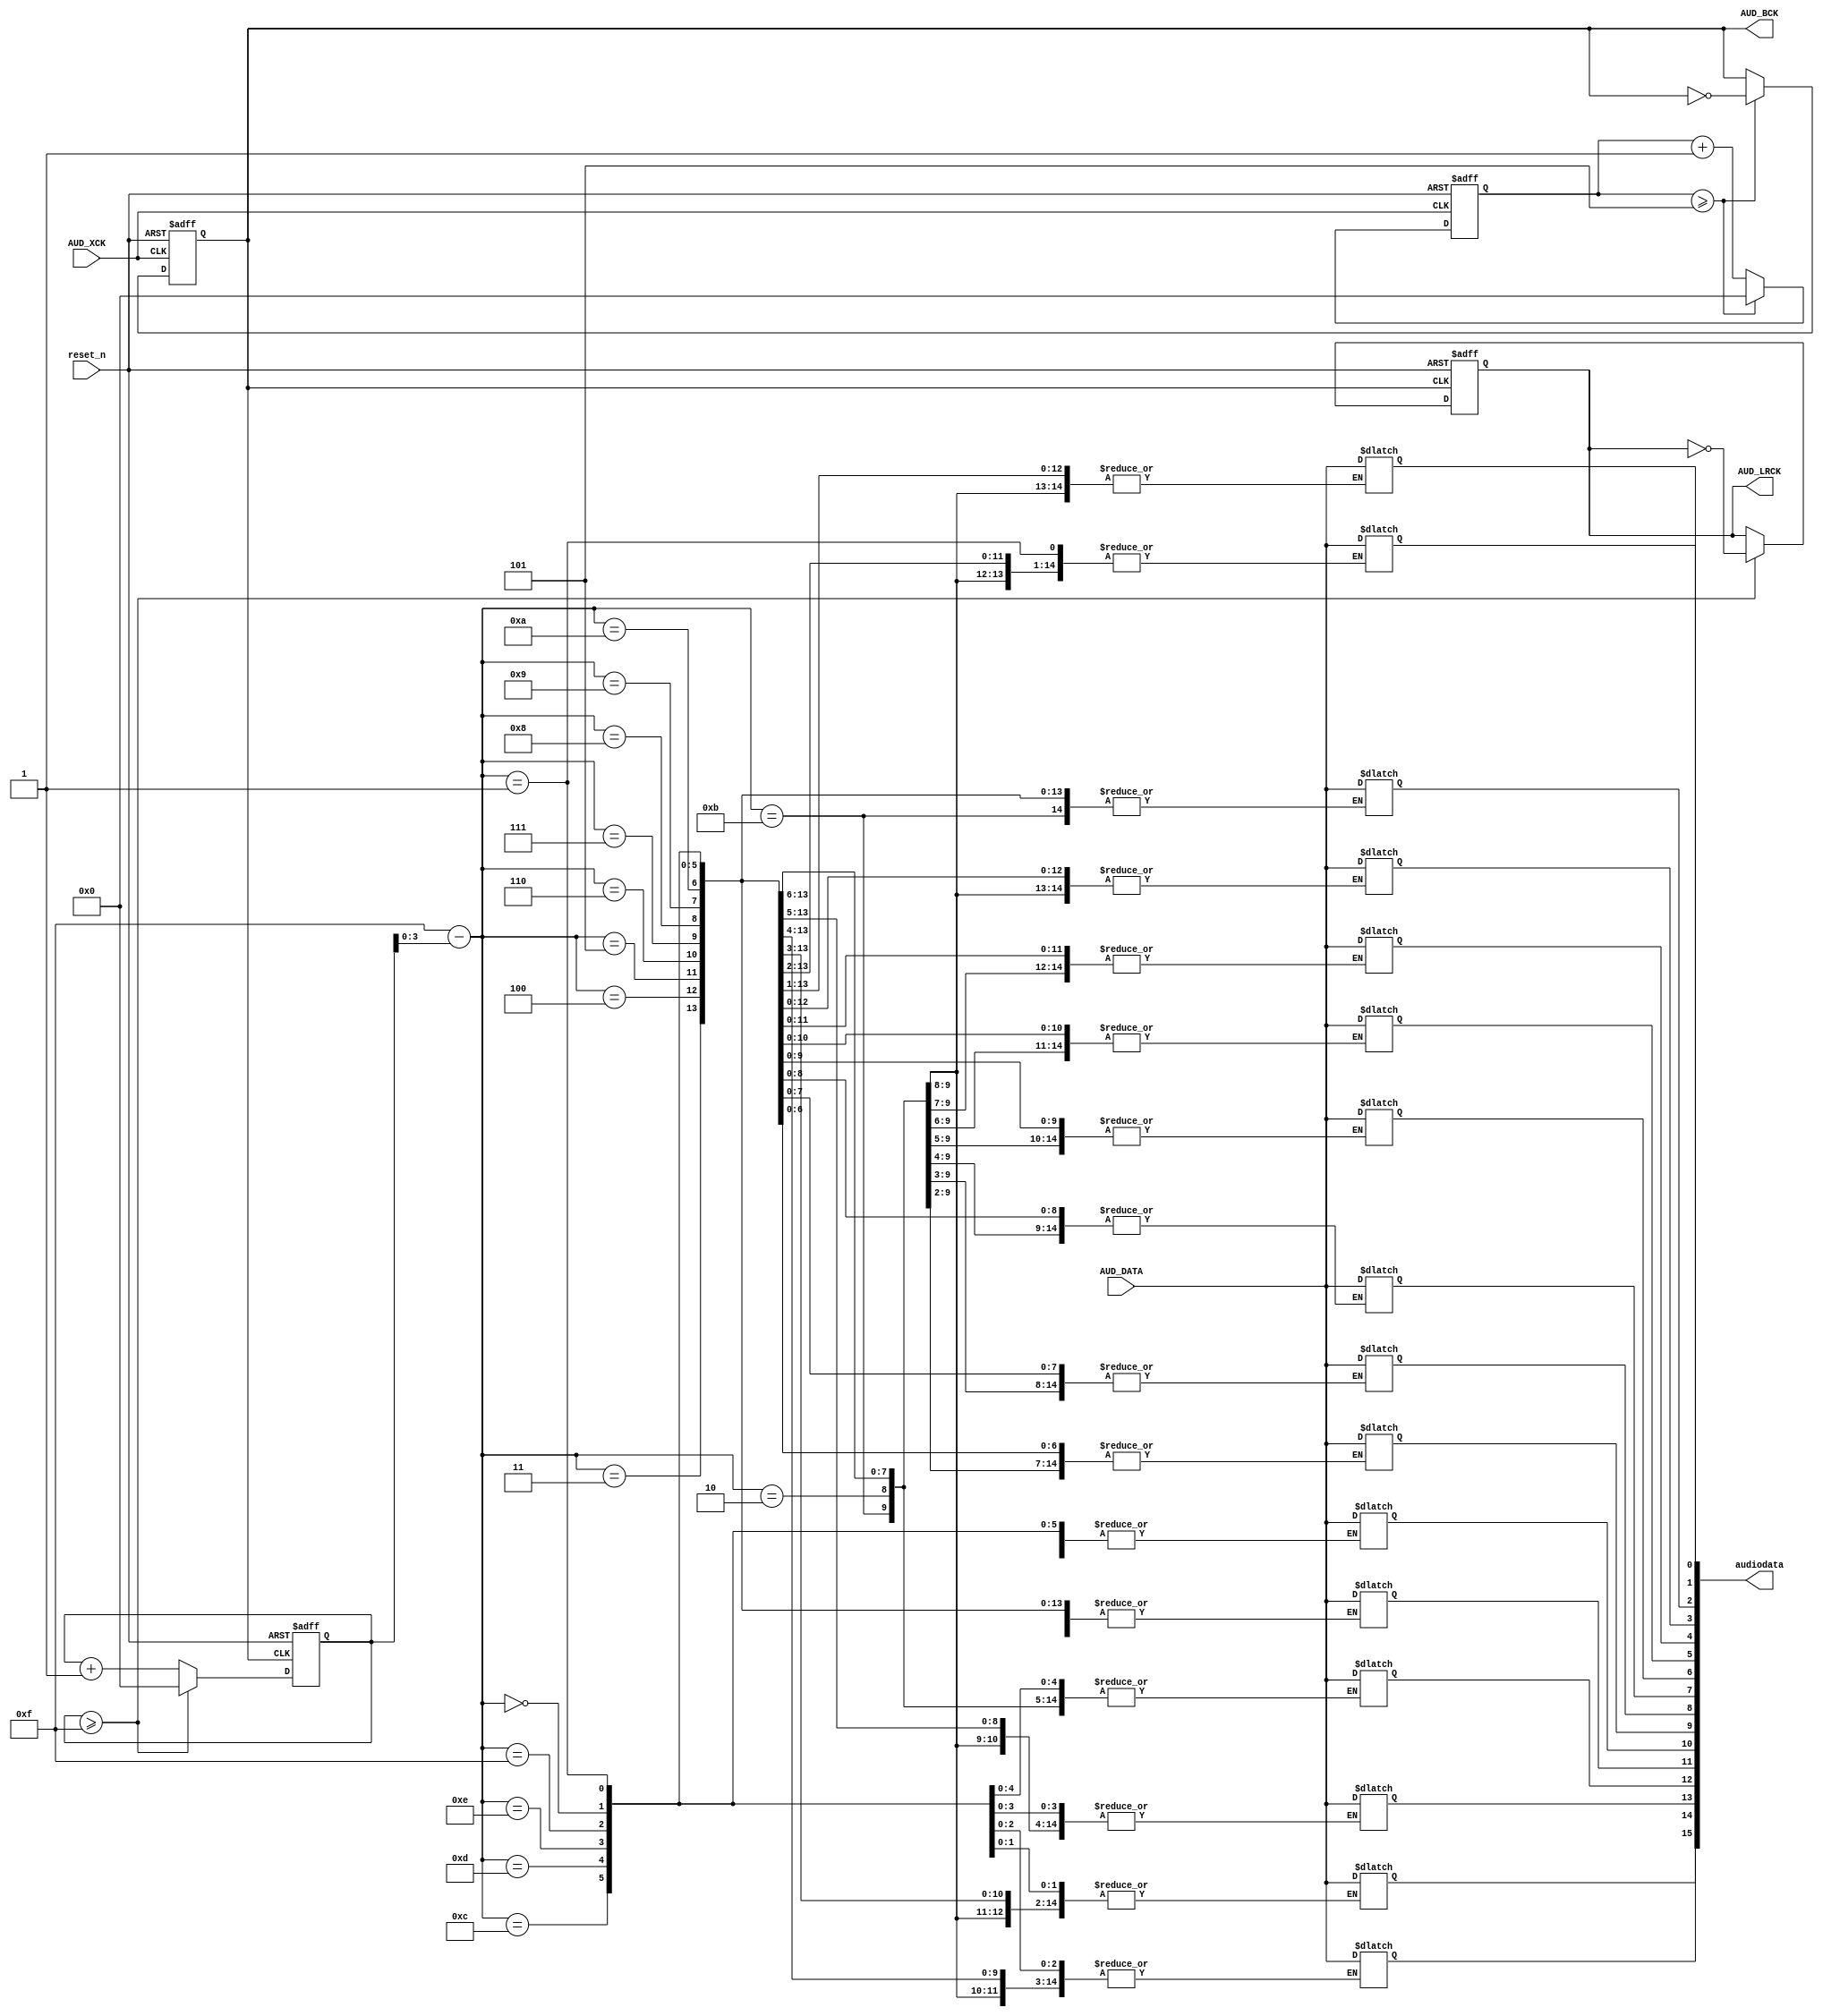
module I2S_Audioin(AUD_XCK,
                 reset_n,
                 AUD_BCK,
				 AUD_DATA,
				 AUD_LRCK,
				 audiodata
				 //AUD_96CLK
				 );
input AUD_XCK;
input reset_n;
//output reg AUD_96CLK;
output reg AUD_BCK;
//output reg AUD_BCK;
input AUD_DATA;
output reg AUD_LRCK;
output reg [15:0] audiodata;
//=================================
//test
//=================================
reg [7:0] datacount; 
/*
output reg [6:0] hex0;
output reg [6:0] hex1;
output reg [6:0] hex2;
output reg [6:0] hex3;
output reg [6:0] hex4;
output reg led0;
output reg [6:0] hex5;
*/
////
//input [3:0] voi;
////

reg [7:0] bck_counter;
reg [7:0] lr_counter;
wire [7:0] bitaddr;

//reg [7:0] lr_counter96;
//reg AUD_BCK;
////
//always @(*)
////

//generate BCK 1.536MHz

always @ (posedge AUD_XCK or negedge reset_n)
begin
       if(!reset_n)
		 begin
		    bck_counter <= 8'd0;
			 AUD_BCK     <= 1'b0;
		 end
		 else
		 begin
		    
			 if(bck_counter >= 8'd5) //div XCK by 12
			 begin
			     bck_counter <= 8'd0;
				  AUD_BCK <= ~AUD_BCK;
			 end
			 else
			   bck_counter <= bck_counter + 8'd1;
		 end
		 
end

//generate LRCK, 48kHz, at negedge of BCK

always @ (negedge AUD_BCK or negedge reset_n)
begin
       if(!reset_n)
		 begin
		    lr_counter <= 8'd0;
			 AUD_LRCK     <= 1'b0;
		 end
		 else
		 begin
		    
			 if(lr_counter >= 8'd15) //div BCK by 32
			 begin
			     lr_counter <= 8'd0;
				  AUD_LRCK <= ~AUD_LRCK;
			 end
			 else
			   lr_counter <= lr_counter + 8'd1;
		end
		 
end


//send data, input data avaible at posedge of lrclk, prepared at the posedge of bck

assign  bitaddr  = 8'd15- lr_counter;
//assign  audiodata[bitaddr[3:0]] = AUD_DATA;
always @(*)
begin
	audiodata[bitaddr[3:0]] = AUD_DATA;
end
		
always @(posedge AUD_DATA)
begin
	datacount<=8'hac;
end
/*		
always @(*)
begin
	case(audiodata[3:0])
		0: hex0=7'b1000000;  //0
		1: hex0=7'b1111001;  //1
		2: hex0=7'b0100100;  //2
		3: hex0=7'b0110000;  //3
		4: hex0=7'b0011001;  //4
		5: hex0=7'b0010010;  //5
		6: hex0=7'b0000010;  //6
		7: hex0=7'b1111000;  //7
		8: hex0=7'b0000000;  //8
		9: hex0=7'b0010000;  //9
		10: hex0=7'b0001000;  //10
		11: hex0=7'b0000011;  //11
		12: hex0=7'b1000110;  //12
		13: hex0=7'b0100001;  //13
		14: hex0=7'b0000110;  //14
		15: hex0=7'b0001110;  //15
		default: hex0=7'b0000000;
	 endcase 
	 
	 case(audiodata[7:4])
		0: hex1=7'b1000000;  //0
		1: hex1=7'b1111001;  //1
		2: hex1=7'b0100100;  //2
		3: hex1=7'b0110000;  //3
		4: hex1=7'b0011001;  //4
		5: hex1=7'b0010010;  //5
		6: hex1=7'b0000010;  //6
		7: hex1=7'b1111000;  //7
		8: hex1=7'b0000000;  //8
		9: hex1=7'b0010000;  //9
		10: hex1=7'b0001000;  //10
		11: hex1=7'b0000011;  //11
		12: hex1=7'b1000110;  //12
		13: hex1=7'b0100001;  //13
		14: hex1=7'b0000110;  //14
		15: hex1=7'b0001110;  //15
		default: hex1=7'b0000000;
	 endcase 
	 
	 case(audiodata[11:8])
		0: hex2=7'b1000000;  //0
		1: hex2=7'b1111001;  //1
		2: hex2=7'b0100100;  //2
		3: hex2=7'b0110000;  //3
		4: hex2=7'b0011001;  //4
		5: hex2=7'b0010010;  //5
		6: hex2=7'b0000010;  //6
		7: hex2=7'b1111000;  //7
		8: hex2=7'b0000000;  //8
		9: hex2=7'b0010000;  //9
		10: hex2=7'b0001000;  //10
		11: hex2=7'b0000011;  //11
		12: hex2=7'b1000110;  //12
		13: hex2=7'b0100001;  //13
		14: hex2=7'b0000110;  //14
		15: hex2=7'b0001110;  //15
		default: hex2=7'b0000000;
	 endcase
	 
	 case(audiodata[3:0])
		0: hex3=7'b1000000;  //0
		1: hex3=7'b1111001;  //1
		2: hex3=7'b0100100;  //2
		3: hex3=7'b0110000;  //3
		4: hex3=7'b0011001;  //4
		5: hex3=7'b0010010;  //5
		6: hex3=7'b0000010;  //6
		7: hex3=7'b1111000;  //7
		8: hex3=7'b0000000;  //8
		9: hex3=7'b0010000;  //9
		10: hex3=7'b0001000;  //10
		11: hex3=7'b0000011;  //11
		12: hex3=7'b1000110;  //12
		13: hex3=7'b0100001;  //13
		14: hex3=7'b0000110;  //14
		15: hex3=7'b0001110;  //15
		default: hex3=7'b0000000;
	 endcase
	 
	 led0 = AUD_BCK;
	 
	 case(datacount[3:0])
		0: hex4=7'b1000000;  //0
		1: hex4=7'b1111001;  //1
		2: hex4=7'b0100100;  //2
		3: hex4=7'b0110000;  //3
		4: hex4=7'b0011001;  //4
		5: hex4=7'b0010010;  //5
		6: hex4=7'b0000010;  //6
		7: hex4=7'b1111000;  //7
		8: hex4=7'b0000000;  //8
		9: hex4=7'b0010000;  //9
		10: hex4=7'b0001000;  //10
		11: hex4=7'b0000011;  //11
		12: hex4=7'b1000110;  //12
		13: hex4=7'b0100001;  //13
		14: hex4=7'b0000110;  //14
		15: hex4=7'b0001110;  //15
		default: hex4=7'b0000000;
	 endcase 
	 
	 case(datacount[7:4])
		0: hex5=7'b1000000;  //0
		1: hex5=7'b1111001;  //1
		2: hex5=7'b0100100;  //2
		3: hex5=7'b0110000;  //3
		4: hex5=7'b0011001;  //4
		5: hex5=7'b0010010;  //5
		6: hex5=7'b0000010;  //6
		7: hex5=7'b1111000;  //7
		8: hex5=7'b0000000;  //8
		9: hex5=7'b0010000;  //9
		10: hex5=7'b0001000;  //10
		11: hex5=7'b0000011;  //11
		12: hex5=7'b1000110;  //12
		13: hex5=7'b0100001;  //13
		14: hex5=7'b0000110;  //14
		15: hex5=7'b0001110;  //15
		default: hex5=7'b0000000;
	 endcase
	 
end		
*/

endmodule